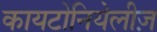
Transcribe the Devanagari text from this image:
कायटोनियेलीज़